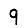
Digit: 9